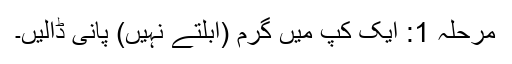
مرحلہ 1: ایک کپ میں گرم (ابلتے نہیں) پانی ڈالیں۔